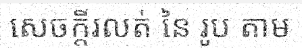
សេចក្តីរលត់ នៃ រូប តាម